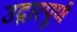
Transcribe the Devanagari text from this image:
उद्गारपूर्ण